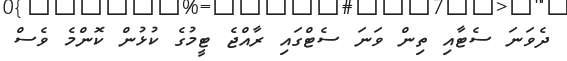
ދެވަނަ ސެޓާއި ތިން ވަނަ ސެޓްގައި ރާއްޖެ ޓީމުގެ ކުޅުން ކޮންމެ ވެސް